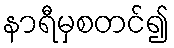
နာရီမှစတင်၍